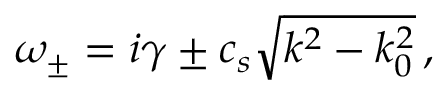
\omega _ { \pm } = i \gamma \pm c _ { s } \sqrt { k ^ { 2 } - k _ { 0 } ^ { 2 } } \, ,